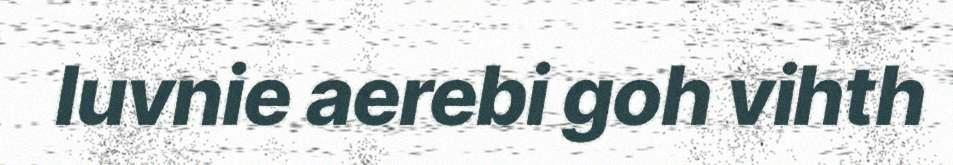
luvnie aerebi goh vihth